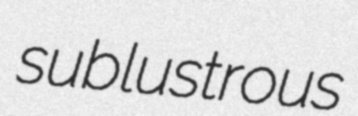
sublustrous